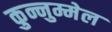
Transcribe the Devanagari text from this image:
कुन्नुम्मेल